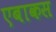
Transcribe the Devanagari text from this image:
एबाकस